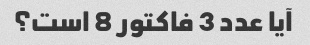
آیا عدد 3 فاکتور 8 است؟